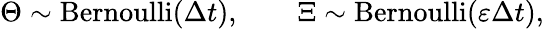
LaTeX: \Theta\sim\operatorname{Bernoulli}(\Delta{t}),\qquad\Xi\sim\operatorname{Bernoulli}(\varepsilon\Delta{t}),